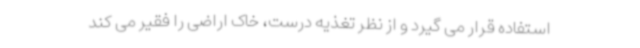
استفاده قرار می گیرد و از نظر تغذیه درست، خاک اراضی را فقیر می کند